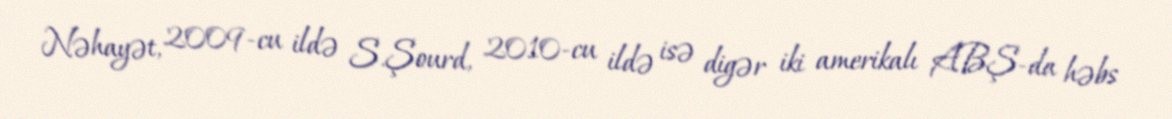
Nəhayət, 2009-cu ildə S.Şourd, 2010-cu ildə isə digər iki amerikalı ABŞ-da həbs